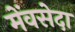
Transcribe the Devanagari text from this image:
मेंवसेदा